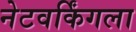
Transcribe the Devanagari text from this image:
नेटवर्किंगला